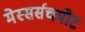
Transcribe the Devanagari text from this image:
मेस्सर्सचमीट